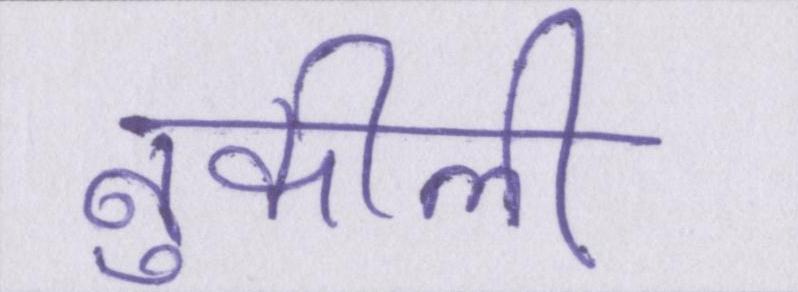
नुकीली